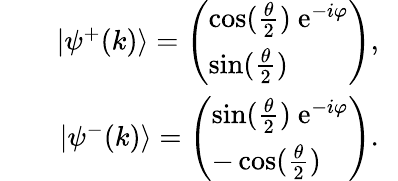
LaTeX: \begin{array}{rlr}&{}&{|\psi^{+}(k)\rangle=\left(\begin{array}{l}{\cos(\frac{\theta}{2})~\mathrm{e}^{-i\varphi}}\\ {\sin(\frac{\theta}{2})}\end{array}\right),~~}\\ &{}&{|\psi^{-}(k)\rangle=\left(\begin{array}{l}{\sin(\frac{\theta}{2})~\mathrm{e}^{-i\varphi}}\\ {-\cos(\frac{\theta}{2})}\end{array}\right).~~}\end{array}